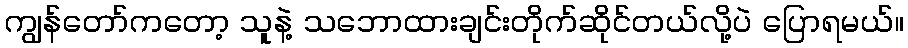
ကျွန်တော်ကတော့ သူနဲ့ သဘောထားချင်းတိုက်ဆိုင်တယ်လို့ပဲ ပြောရမယ်။